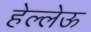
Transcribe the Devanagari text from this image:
हेल्लेऊ